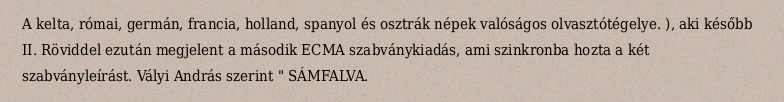
A kelta, római, germán, francia, holland, spanyol és osztrák népek valóságos olvasztótégelye. ), aki később II. Röviddel ezután megjelent a második ECMA szabványkiadás, ami szinkronba hozta a két szabványleírást. Vályi András szerint " SÁMFALVA.